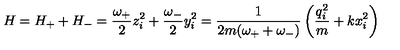
H = H _ { + } + H _ { - } = \frac { \omega _ { + } } { 2 } z _ { i } ^ { 2 } + \frac { \omega _ { - } } { 2 } y _ { i } ^ { 2 } = \frac { 1 } { 2 m ( \omega _ { + } + \omega _ { - } ) } \left( \frac { q _ { i } ^ { 2 } } { m } + k x _ { i } ^ { 2 } \right)